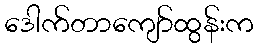
ဒေါက်တာကျော်ထွန်းက